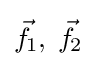
{\vec {f}}\!_{1},\;{\vec {f}}\!_{2}